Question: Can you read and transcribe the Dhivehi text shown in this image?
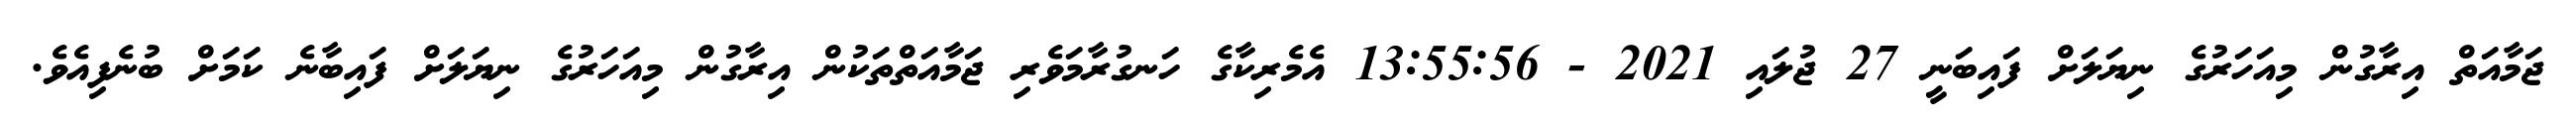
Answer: ޖަމާއަތް އިރާގުން މިއަހަރުގެ ނިޔަލަށް ފައިބަނީ 27 ޖުލައި 2021 - 13:55:56 އެމެރިކާގެ ހަނގުރާމަވެރި ޖަމާއަތްތަކުން އިރާގުން މިއަހަރުގެ ނިޔަލަށް ފައިބާނެ ކަމަށް ބުނެފިއެވެ.